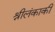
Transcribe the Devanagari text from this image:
श्रीलंकाकी